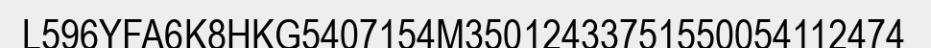
L596YFA6K8HKG5407154M35012433751550054112474